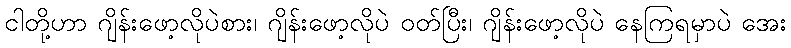
ငါတို့ဟာ ဂျိန်းဖော့လိုပဲစား၊ ဂျိန်းဖော့လိုပဲ ဝတ်ပြီး၊ ဂျိန်းဖော့လိုပဲ နေကြရမှာပဲ အေး